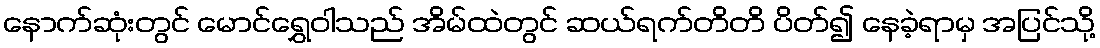
နောက်ဆုံးတွင် မောင်ရွှေဝါသည် အိမ်ထဲတွင် ဆယ်ရက်တိတိ ပိတ်၍ နေခဲ့ရာမှ အပြင်သို့